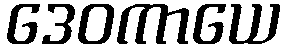
ဒေဝကာယေ